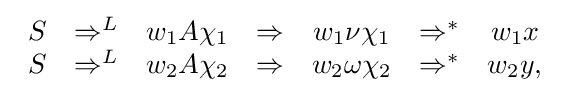
{\begin{array}{ccccccc}S&\Rightarrow ^{L}&w_{1}A\chi _{1}&\Rightarrow &w_{1}\nu \chi _{1}&\Rightarrow ^{*}&w_{1}x\\S&\Rightarrow ^{L}&w_{2}A\chi _{2}&\Rightarrow &w_{2}\omega \chi _{2}&\Rightarrow ^{*}&w_{2}y,\\\end{array}}